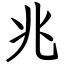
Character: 兆